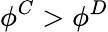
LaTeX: \phi^{C}>\phi^{D}